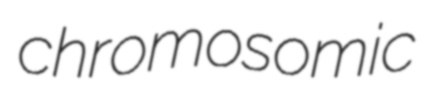
chromosomic